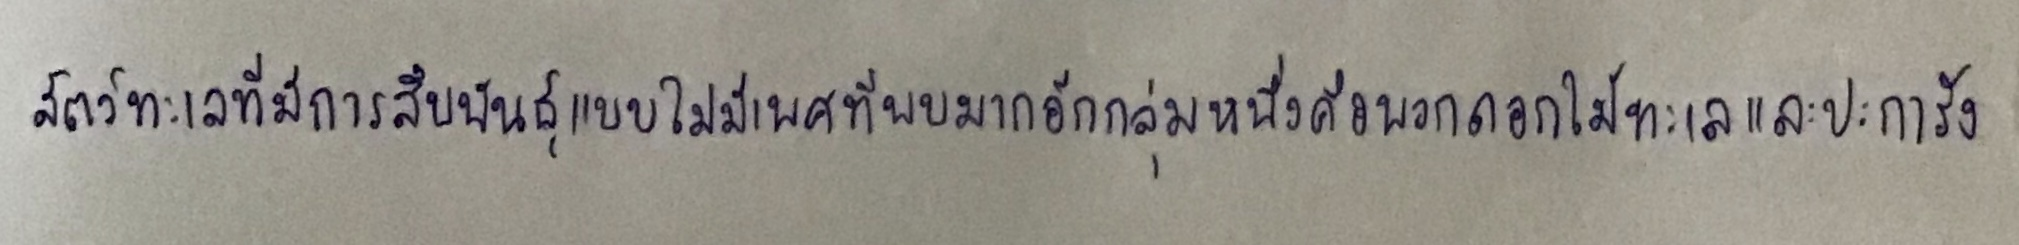
สัตว์ทะเลที่มีการสืบพันธุ์แบบไม่มีเพศที่พบมากอีกกลุ่มหนึ่งคือพวกดอกไม้ทะเลและปะการัง